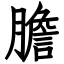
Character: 膽